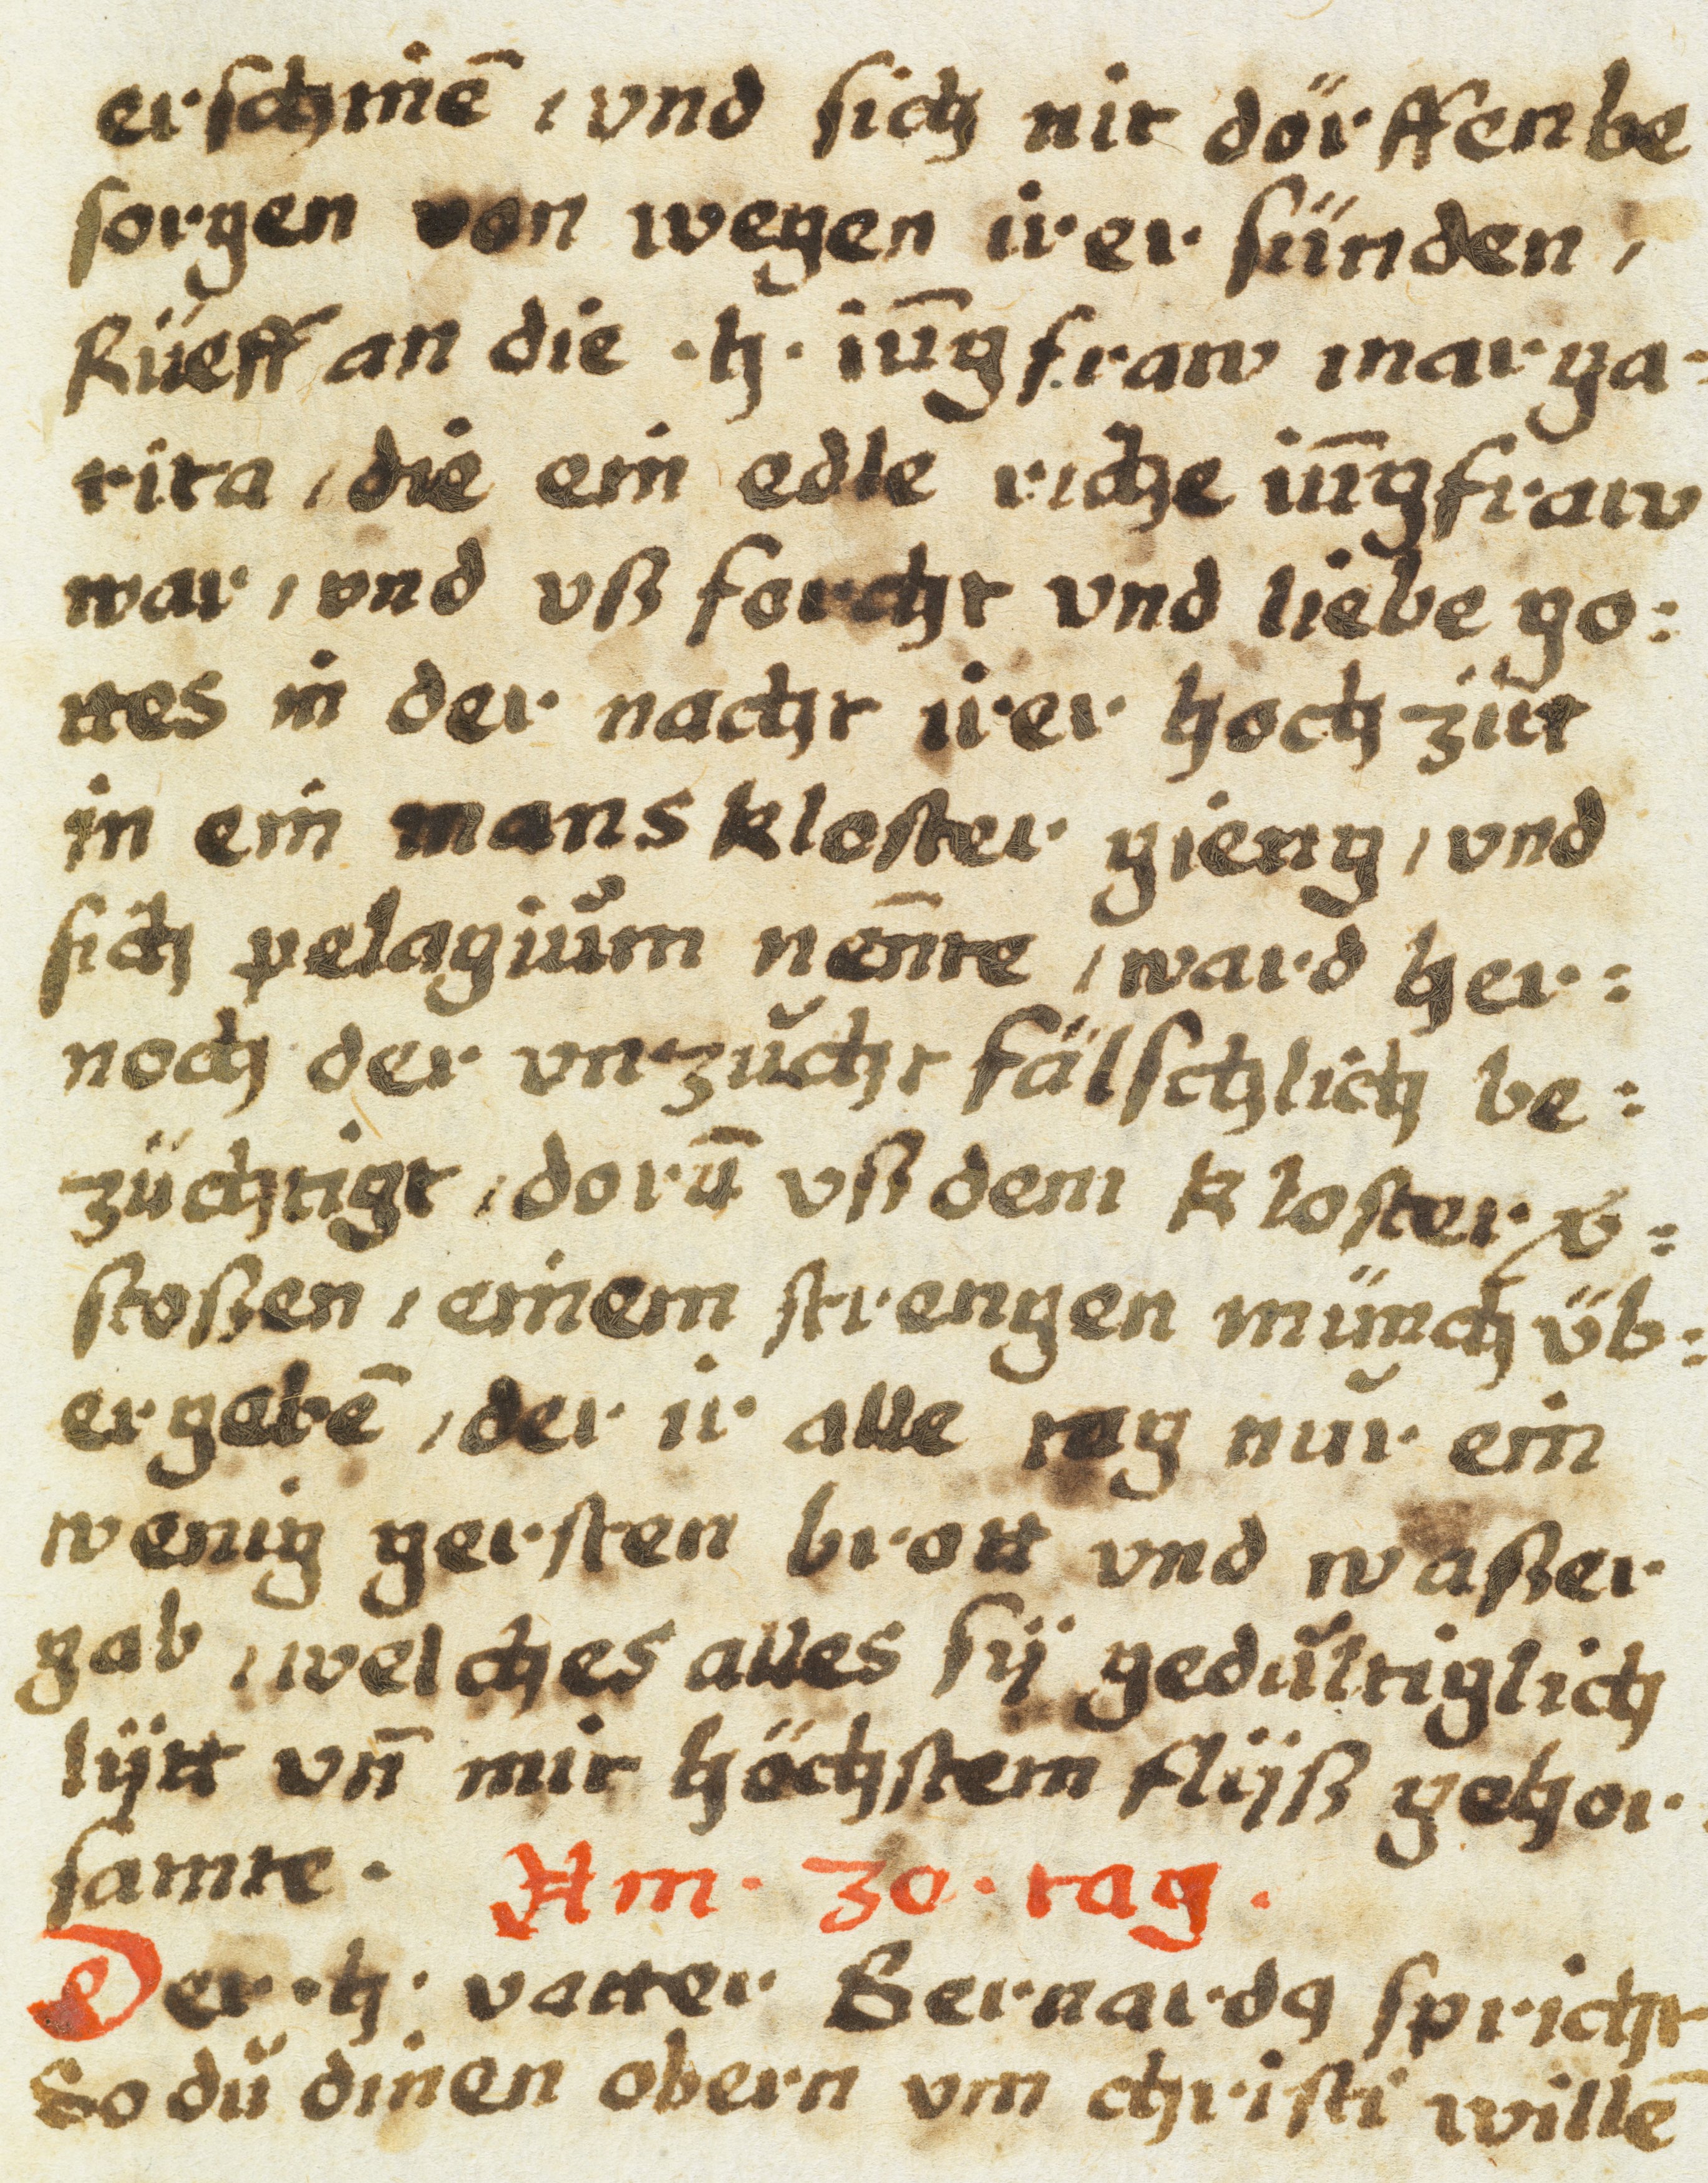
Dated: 1605–1635